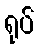
ရုပ်